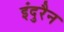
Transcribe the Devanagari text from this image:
इंदुरैन